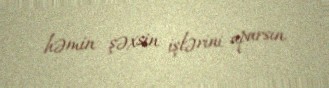
həmin şəxsin işlərini aparsın.